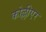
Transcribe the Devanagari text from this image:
कोल्लीएर